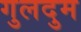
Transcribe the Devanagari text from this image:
गुलदुम